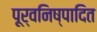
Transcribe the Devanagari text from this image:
पूर्वनिष्पादित